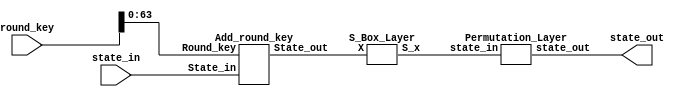
module Round_enc(
    input [79:0] round_key,
    input [63:0] state_in,
    output [63:0] state_out );
    
    
    wire [63:0] S1,S2;
    Add_round_key     f1(state_in,round_key[63:0],S1);  //ilk ifre 0
    S_Box_Layer       f2(S1,S2);
    Permutation_Layer f3(S2,state_out);
    
endmodule


///// ADD ROUND KEY:

module Add_round_key(
input 	[63:0] 	State_in,
input 	[63:0] 	Round_key,
output	[63:0] 	State_out
);

	assign State_out = State_in ^ Round_key;

endmodule

///// S BOX LAYER:

module S_Box_Layer(
input 	[63:0] X,
output 	[63:0] S_x
);

	genvar i;
	generate for(i=0; i<16; i=i+1)  begin S_Box f(X[(4*i+3) : (4*i)], S_x[(4*i+3) : (4*i)]);  end endgenerate
	
endmodule


module S_Box(
input 			[3:0]	data_i,
output reg 	[3:0]	dataOut
);

	always @(*) begin
		case(data_i)
			4'h0:dataOut=4'hE;
			4'h1:dataOut=4'h4;
			4'h2:dataOut=4'hB;
			4'h3:dataOut=4'h1;
			4'h4:dataOut=4'h7;
			4'h5:dataOut=4'h9;
			4'h6:dataOut=4'hC;
			4'h7:dataOut=4'hA;
			4'h8:dataOut=4'hD;
			4'h9:dataOut=4'h2;
			4'hA:dataOut=4'h0;
			4'hB:dataOut=4'hF;
			4'hC:dataOut=4'h8;
			4'hD:dataOut=4'h5;
			4'hE:dataOut=4'h3;
			4'hF:dataOut=4'h6;
			default:dataOut=4'hX;
		endcase
	end

endmodule

///// PERMUTATION LAYER:

module Permutation_Layer(
    input [63:0] state_in,
    output [63:0] state_out);
    
    wire [63:0] S1, S2;
    Block_Shuffle     bs(state_in,S1);
    Round_Permutation rp(S1,S2);
    XOR_Operation     xr(S2,state_out);
    
endmodule


module Block_Shuffle(
    input [63:0] j,
    output [63:0] B_j );
    genvar i;
    generate for(i=0; i<4; i=i+1) begin  Block_S f(j[(16*i+15) : (16*i)], B_j[(16*i+15) : (16*i)]);  end endgenerate
endmodule

module Block_S(
    input [15:0] a,
    output reg [15:0] B_a);
    always @* begin
        B_a[3:0]  = a[11:8];
        B_a[7:4]  = a[15:12];
        B_a[11:8] = a[3:0];
        B_a[15:12]= a[7:4];
    end
endmodule


module Round_Permutation(
    input [63:0] j,
    output reg [63:0] r_j  );
    
    always @* begin
        r_j[63:48] = {j[54:48],j[63:55]};
        r_j[47:32] = {j[40:32],j[47:41]};
        r_j[31:16] = {j[27:16],j[31:28]};
        r_j[15:0]  = {j[14:0],j[15]};
    end
endmodule


module XOR_Operation(
    input [63:0] X,
    output reg [63:0] W_x );
    
    always @* begin
        W_x[63:48] = (X[63:48]^X[47:32]^X[15:0]);
        W_x[47:32] = (X[47:32]^X[15:0]);
        W_x[31:16] = (X[63:48]^X[31:16]);
        W_x[15:0]  = (X[63:48]^X[31:16]^X[15:0]);
    end
endmodule